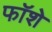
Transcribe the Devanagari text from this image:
फॉशे